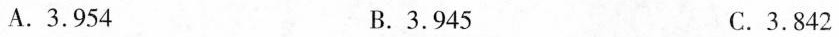
A.3.954 B.3.945 C.3.842